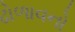
ઢોળાવનો